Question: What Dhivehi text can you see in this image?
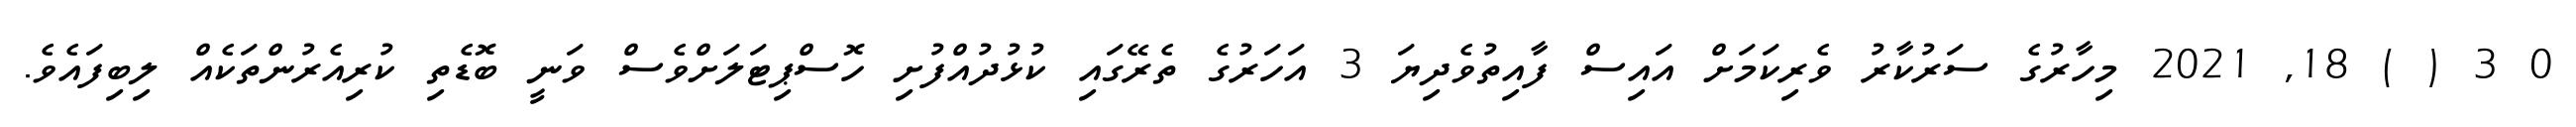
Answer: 0 3 ( ) 18, 2021 މިހާރުގެ ސަރުކާރު ވެރިކަމަށް އައިސް ފާއިތުވެދިޔަ 3 އަހަރުގެ ތެރޭގައި ކުޅުދުއްފުށި ހޮސްޕިޓަލަށްވެސް ވަނީ ބޮޑެތި ކުރިއެރުންތަކެއް ލިބިފައެވެ.